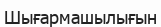
Шығармашылығын